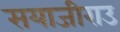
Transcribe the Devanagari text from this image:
सयाजीराउ